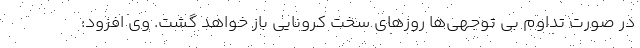
در صورت تداوم بی توجهی‌ها روزهای سخت کرونایی باز خواهد گشت. وی افزود: